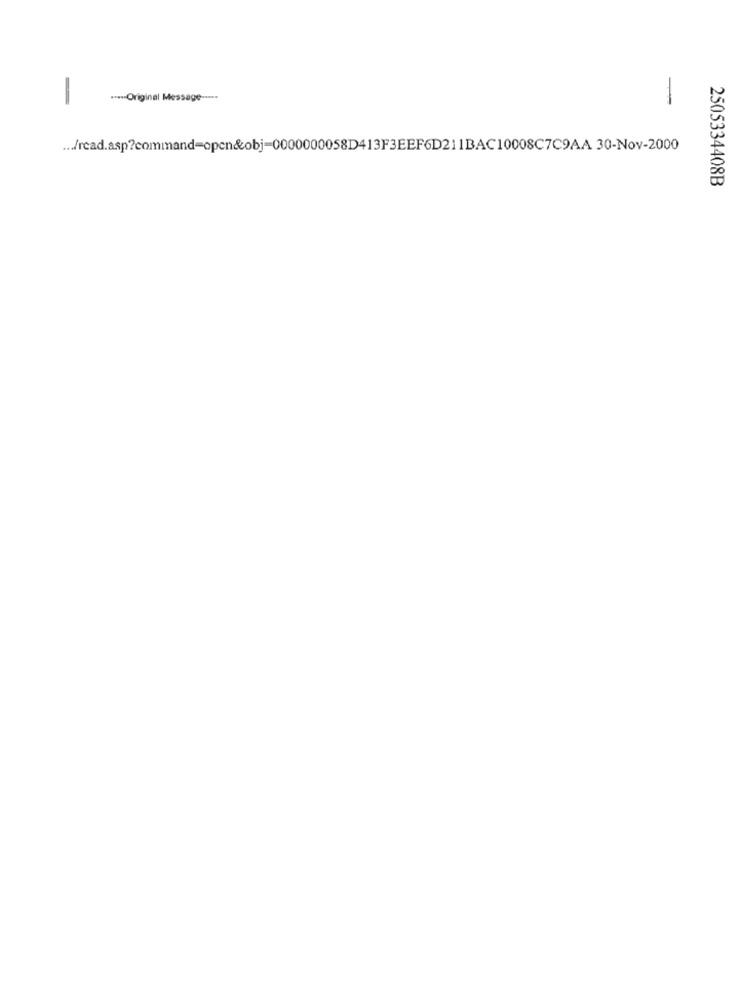
.***- Original Message -----
-
-
... /read.asp?command=open&obj-0000000058D413F3EEF6D211BAC10008C7C9AA 30-Nov-2000
2505334408B